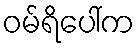
ဝမ်ရိပေါ်က